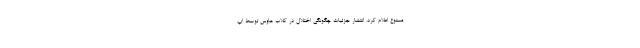
ممنوع اعلام کرد. انتشار جزئیات چگونگی اختلال در کلاب هاوس توسط اپ